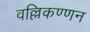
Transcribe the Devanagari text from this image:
वल्लिकण्णन